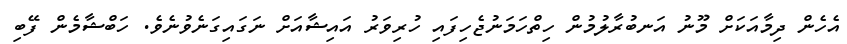
އެހެން ދިމާއަކަށް މޫނު އަނބުރާލުމުން ހިތްހަމަނުޖެހިފައި ހުރިވަރު އައިޝާއަށް ނަގައިގަނެވުނެވެ. ހަބްޝާމެން ފޭބި